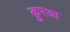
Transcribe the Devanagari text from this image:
क़ु़रआ